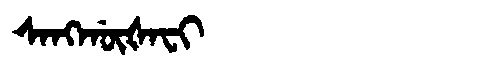
Manchu: ᠰᠠᠩᡤᡡᡧᠠᠸᡳ
Romanization: SANGGŪŠAFI